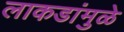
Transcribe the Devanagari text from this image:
लाकडांमुळे